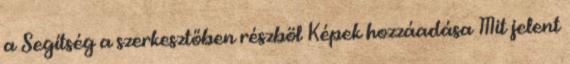
a Segítség a szerkesztőben részböl Képek hozzáadása Mit jelent